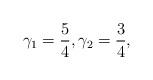
LaTeX: \begin{align*} \gamma_1 = \frac{5}{4}, \gamma_2 = \frac{3}{4}, \end{align*}